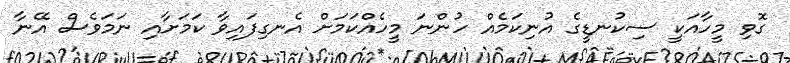
ގޮވި މީހާއަކީ ސިކުނޑީގެ އުނިކަމެއް ހުންނަ މީހެއްކަމަށް އެނގިފައިވާ ކަމަށާއި ނަމަވެސް އޭނާ